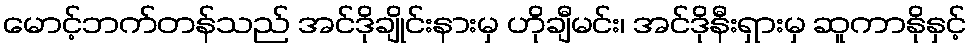
မောင့်ဘက်တန်သည် အင်ဒိုချိုင်းနားမှ ဟိုချီမင်း၊ အင်ဒိုနီးရှားမှ ဆူကာနိုနှင့်